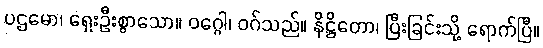
ပဌမော၊ ရှေးဦးစွာသော။ ဝဂ္ဂေါ၊ ဝဂ်သည်။ နိဋ္ဌိတော၊ ပြီးခြင်းသို့ ရောက်ပြီ။